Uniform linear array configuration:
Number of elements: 24
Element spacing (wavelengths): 0.25
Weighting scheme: cosine
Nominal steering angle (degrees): -15
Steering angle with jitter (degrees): -15.293
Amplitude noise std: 0.05
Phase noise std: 0.05

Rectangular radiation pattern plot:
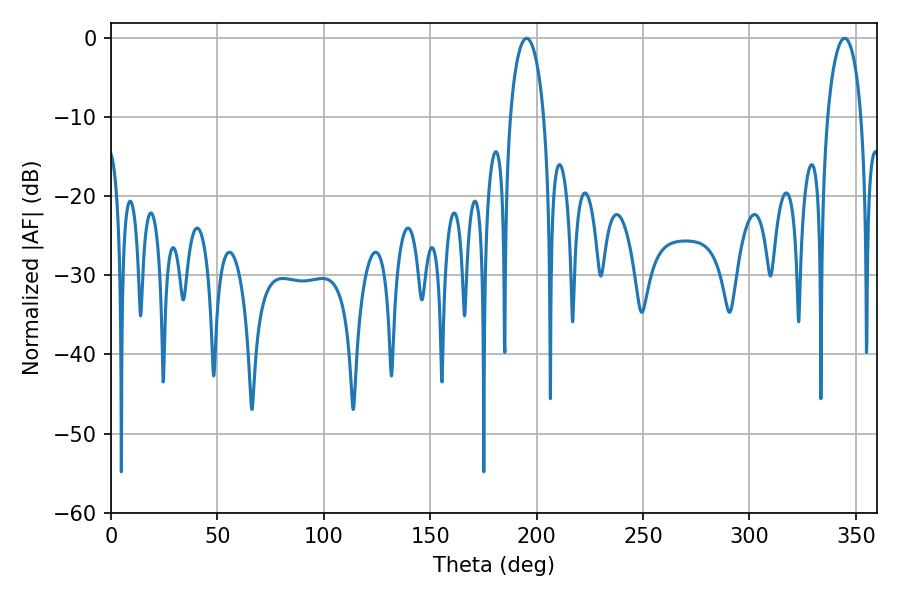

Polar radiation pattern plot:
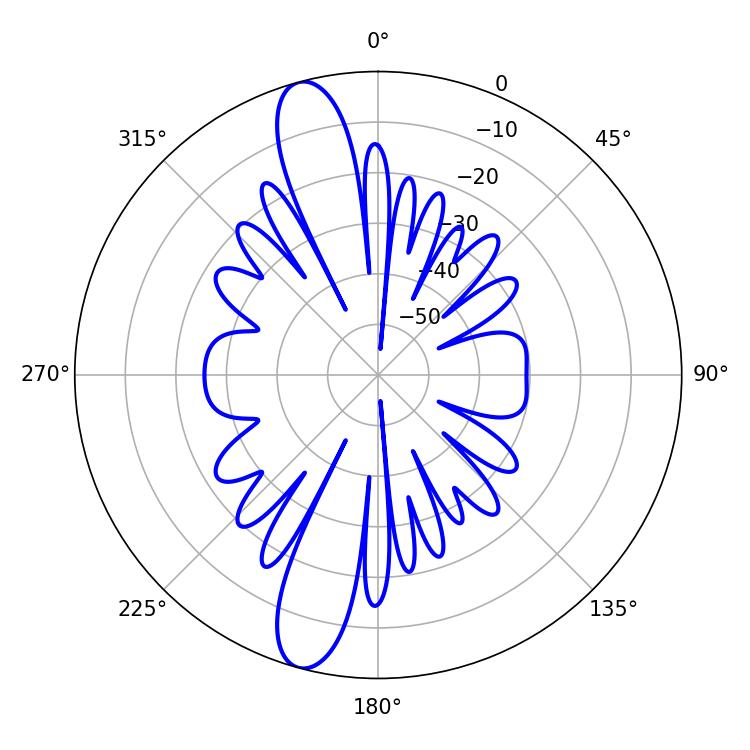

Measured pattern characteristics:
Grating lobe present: FALSE
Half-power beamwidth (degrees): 9
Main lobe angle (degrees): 195.3